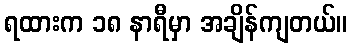
ရထားက ၁၈ နာရီမှာ အချိန်ကျတယ်။